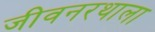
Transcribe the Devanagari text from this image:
जीवनरथाला